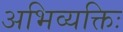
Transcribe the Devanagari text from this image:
अभिव्यक्तिः